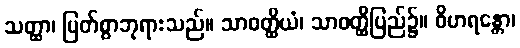
သတ္ထာ၊ မြတ်စွာဘုရားသည်။ သာဝတ္ထိယံ၊ သာဝတ္ထိပြည်၌။ ဝိဟရန္တော၊